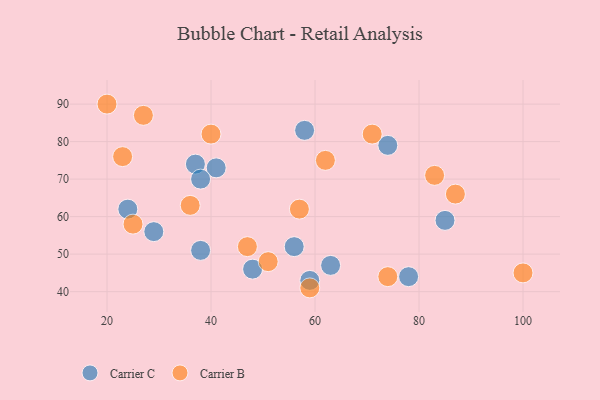
{"axis": {"x": "GDP", "y": "Life Expectancy"}, "legend": ["Carrier B", "Carrier C"], "data": [{"x": "41", "y": 73, "type": "Carrier C"}, {"x": "37", "y": 74, "type": "Carrier C"}, {"x": "48", "y": 46, "type": "Carrier C"}, {"x": "59", "y": 43, "type": "Carrier C"}, {"x": "38", "y": 51, "type": "Carrier C"}, {"x": "63", "y": 47, "type": "Carrier C"}, {"x": "38", "y": 70, "type": "Carrier C"}, {"x": "78", "y": 44, "type": "Carrier C"}, {"x": "56", "y": 52, "type": "Carrier C"}, {"x": "85", "y": 59, "type": "Carrier C"}, {"x": "74", "y": 79, "type": "Carrier C"}, {"x": "58", "y": 83, "type": "Carrier C"}, {"x": "24", "y": 62, "type": "Carrier C"}, {"x": "29", "y": 56, "type": "Carrier C"}, {"x": "40", "y": 82, "type": "Carrier B"}, {"x": "100", "y": 45, "type": "Carrier B"}, {"x": "47", "y": 52, "type": "Carrier B"}, {"x": "57", "y": 62, "type": "Carrier B"}, {"x": "87", "y": 66, "type": "Carrier B"}, {"x": "23", "y": 76, "type": "Carrier B"}, {"x": "36", "y": 63, "type": "Carrier B"}, {"x": "27", "y": 87, "type": "Carrier B"}, {"x": "74", "y": 44, "type": "Carrier B"}, {"x": "51", "y": 48, "type": "Carrier B"}, {"x": "20", "y": 90, "type": "Carrier B"}, {"x": "83", "y": 71, "type": "Carrier B"}, {"x": "71", "y": 82, "type": "Carrier B"}, {"x": "62", "y": 75, "type": "Carrier B"}, {"x": "25", "y": 58, "type": "Carrier B"}, {"x": "59", "y": 41, "type": "Carrier B"}]}